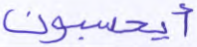
أيحسبون